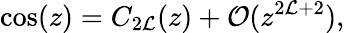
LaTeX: \cos(z)=C_{2{\cal L}}(z)+{\cal O}(z^{2{\cal L}+2}),